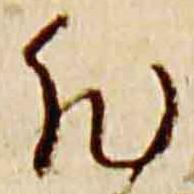
然